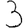
Digit: 3